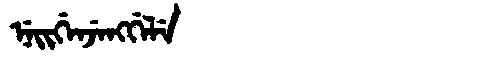
Manchu: ᠨᡝᡳᡤᡝᠨᠵᡝᠩᡤᡝᠯᡝ
Romanization: NEIGENJENGGELE